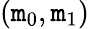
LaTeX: (\mathtt{m}_{0},\mathtt{m}_{1})